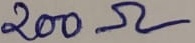
Text: 200Ω